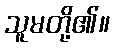
သူမတို့၏။